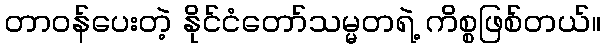
တာဝန်ပေးတဲ့ နိုင်ငံတော်သမ္မတရဲ့ ကိစ္စဖြစ်တယ်။